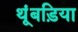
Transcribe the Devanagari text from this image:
थूंबड़िया